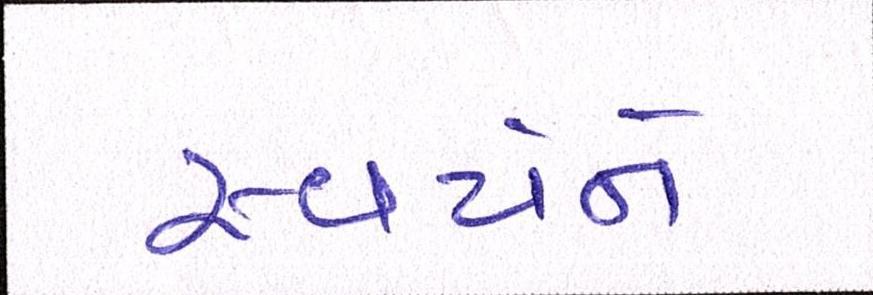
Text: સ્વયંને